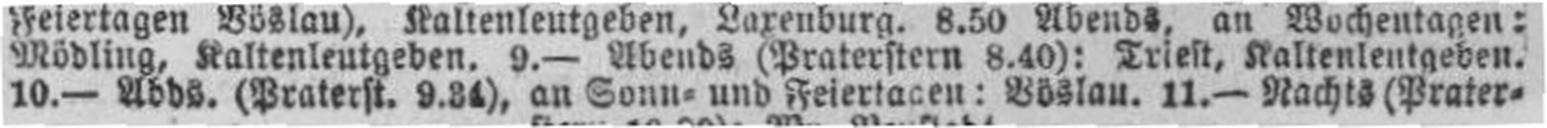
10.— Abds. (Praterst. 9.34), an Sonn= und Feiertagen: Böslau. 11.— Nachts (Prater¬